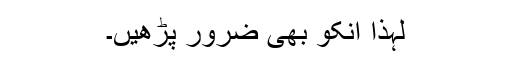
لہذا انکو بھی ضرور پڑھیں۔